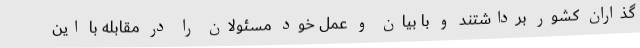
گذاران کشور برداشتند و با بیان و عمل خود مسئولان را در مقابله با این